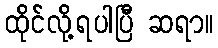
ထိုင်လို့ရပါပြီ ဆရာ။